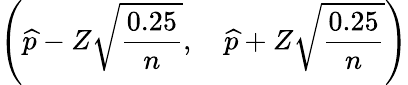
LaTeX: \left({\widehat{p}}-Z{\sqrt{\frac{0.25}{n}}},\quad{\widehat{p}}+Z{\sqrt{\frac{0.25}{n}}}\right)